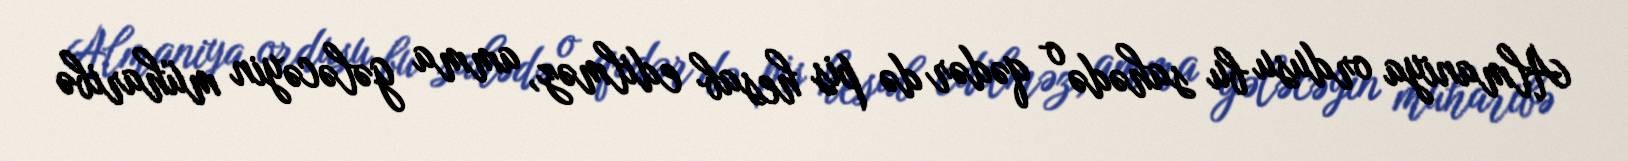
Almaniya ordusu bu sahədə o qədər də pis hesab edilməz, amma gələcəyin müharibə